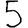
Digit: 5